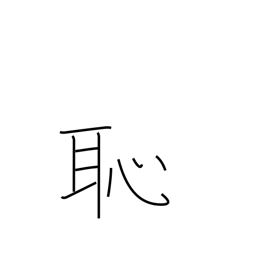
Meaning: shame